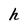
Character: h